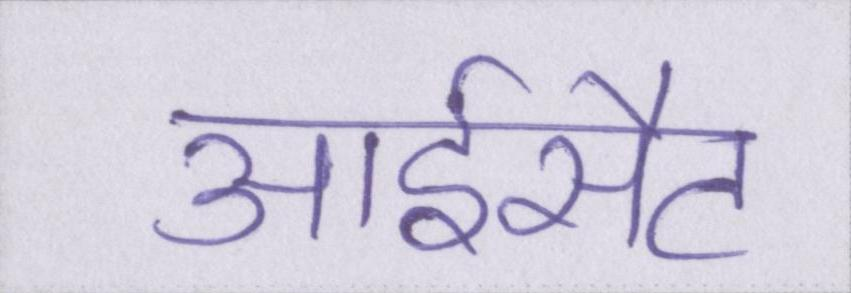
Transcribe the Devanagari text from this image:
आईसैट